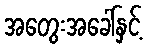
အတွေးအခေါ်နှင့်